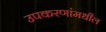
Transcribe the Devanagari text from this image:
उपकरणांमधील